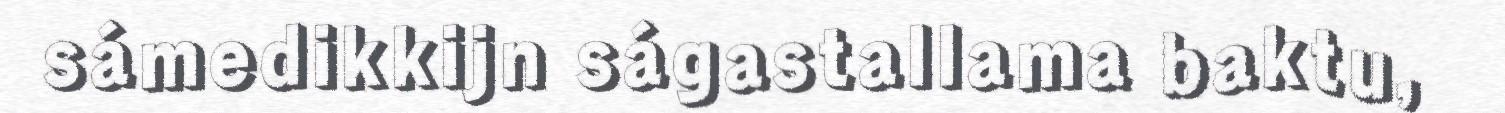
sámedikkijn ságastallama baktu,